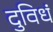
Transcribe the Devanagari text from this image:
दुविधं